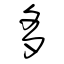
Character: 多